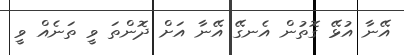
އޭނާ އުޅޭ ގޮތުން އެނގޭ އޭނާ އަަށް ދޮންތަ ވީ ތަނެއް ވީ